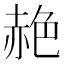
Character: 赩